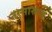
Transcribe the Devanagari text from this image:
नासास्राव